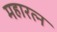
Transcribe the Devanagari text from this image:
महारत्‍न